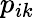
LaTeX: p_{ik}